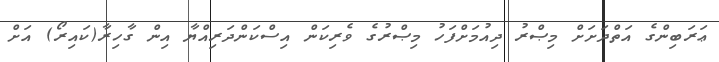
ޢަރަބިންގެ އަތްދަށަށް މިޞްރު ދިއުމަށްފަހު މިޞްރުގެ ވެރިކަން އިސްކަންދަރިއްޔާ އިން ގާހިރާ(ކައިރޯ) އަށް